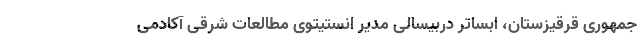
جمهوری قرقیزستان، ابساتر دربیسالی مدیر انستیتوی مطالعات شرقی آکادمی